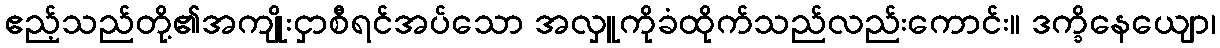
ဧည့်သည်တို့၏အကျိုးငှာစီရင်အပ်သော အလှူကိုခံထိုက်သည်လည်းကောင်း။ ဒက္ခိနေယျော၊